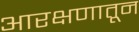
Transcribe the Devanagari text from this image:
आरक्षणातून